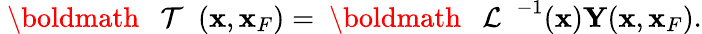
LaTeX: \begin{array}{r}{{{{\mathrm{~\boldmath~{~\cal~T~}~}}}}({\mathbf x},{\mathbf x}_{F})={{{\mathrm{~\boldmath~{~\cal~L~}~}}}}^{-1}({\mathbf x}){\mathbf Y}({\mathbf x},{\mathbf x}_{F}).}\end{array}